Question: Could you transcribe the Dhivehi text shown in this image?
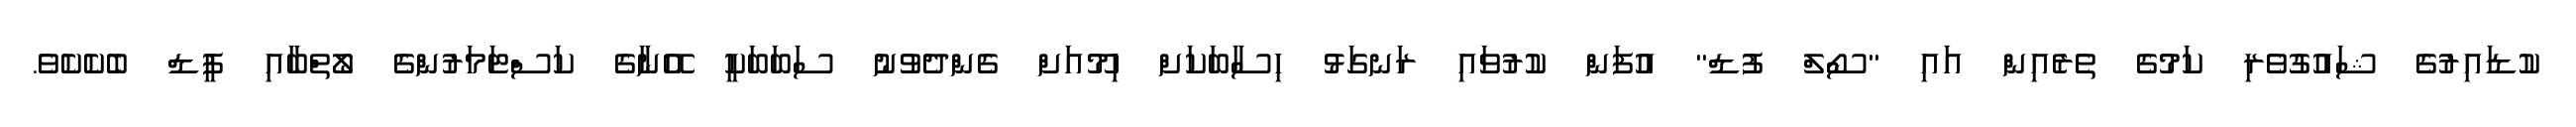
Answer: ކުޑައިރުގެ ޝައުގުވެރި ކަމުގެ ތެރެއިން އައި "ސޯލް ފުޑް" އުފަން ކުރުވައި ރަނގަޅު ހިސާބަކަށް ހިމޫއަށް ގެންދެވުނު ސަބަބަކީ އޭނާގެ ކަސްޓަމަރުންގެ ލޯތްބާއި ފީޑް ބެކެކެވެ.